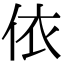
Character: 依